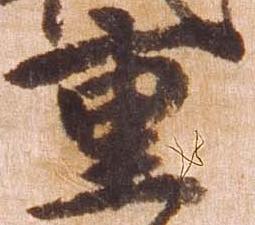
重